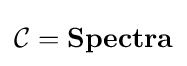
{\mathcal {C}}={\textbf {Spectra}}